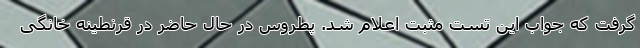
گرفت که جواب این تست مثبت اعلام شد. پطروس در حال حاضر در قرنطینه خانگی